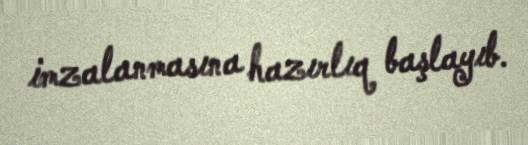
imzalanmasına hazırlıq başlayıb.